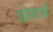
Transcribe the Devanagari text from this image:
ग्रोवर्स